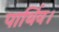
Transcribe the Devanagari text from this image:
पार्थिव।